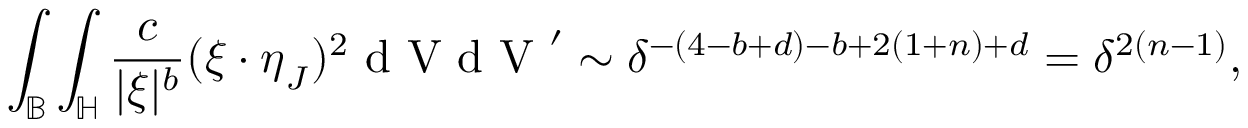
\int _ { \mathbb { B } } \int _ { \mathbb { H } } \frac { c } { | \boldsymbol { \xi } | ^ { b } } ( \boldsymbol { \xi } \cdot \boldsymbol { \eta } _ { J } ) ^ { 2 } \textup { d V d V } ^ { \prime } \sim \delta ^ { - ( 4 - b + d ) - b + 2 ( 1 + n ) + d } = \delta ^ { 2 ( n - 1 ) } ,